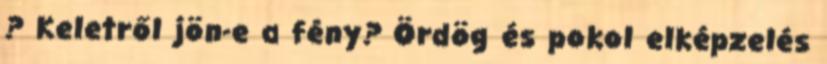
? Keletről jön-e a fény? Ördög és pokol elképzelés